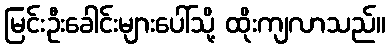
မြင်းဦးခေါင်းများပေါ်သို့ ထိုးကျလာသည်။